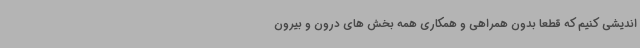
اندیشی کنیم که قطعا بدون همراهی و همکاری همه بخش های درون و بیرون